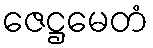
ဇေဋ္ဌမေတံ